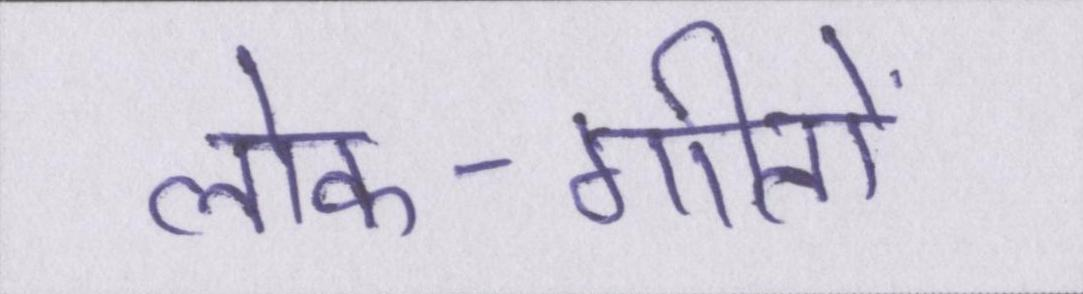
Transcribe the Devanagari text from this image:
लोक-गीतों